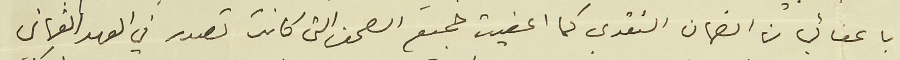
باعفائي من الضمان النقدي كما اعفيت جميع الصحف التي كانت تصدر في العهد العثماني